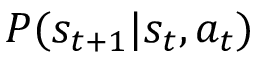
\textstyle P ( s _ { t + 1 } | s _ { t } , a _ { t } )